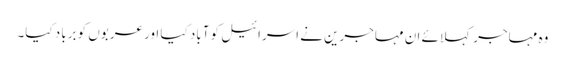
وہ مہاجر کہلائے ان مہاجرین نے اسرائیل کو آباد کیا اور عربوں کو برباد کیا۔